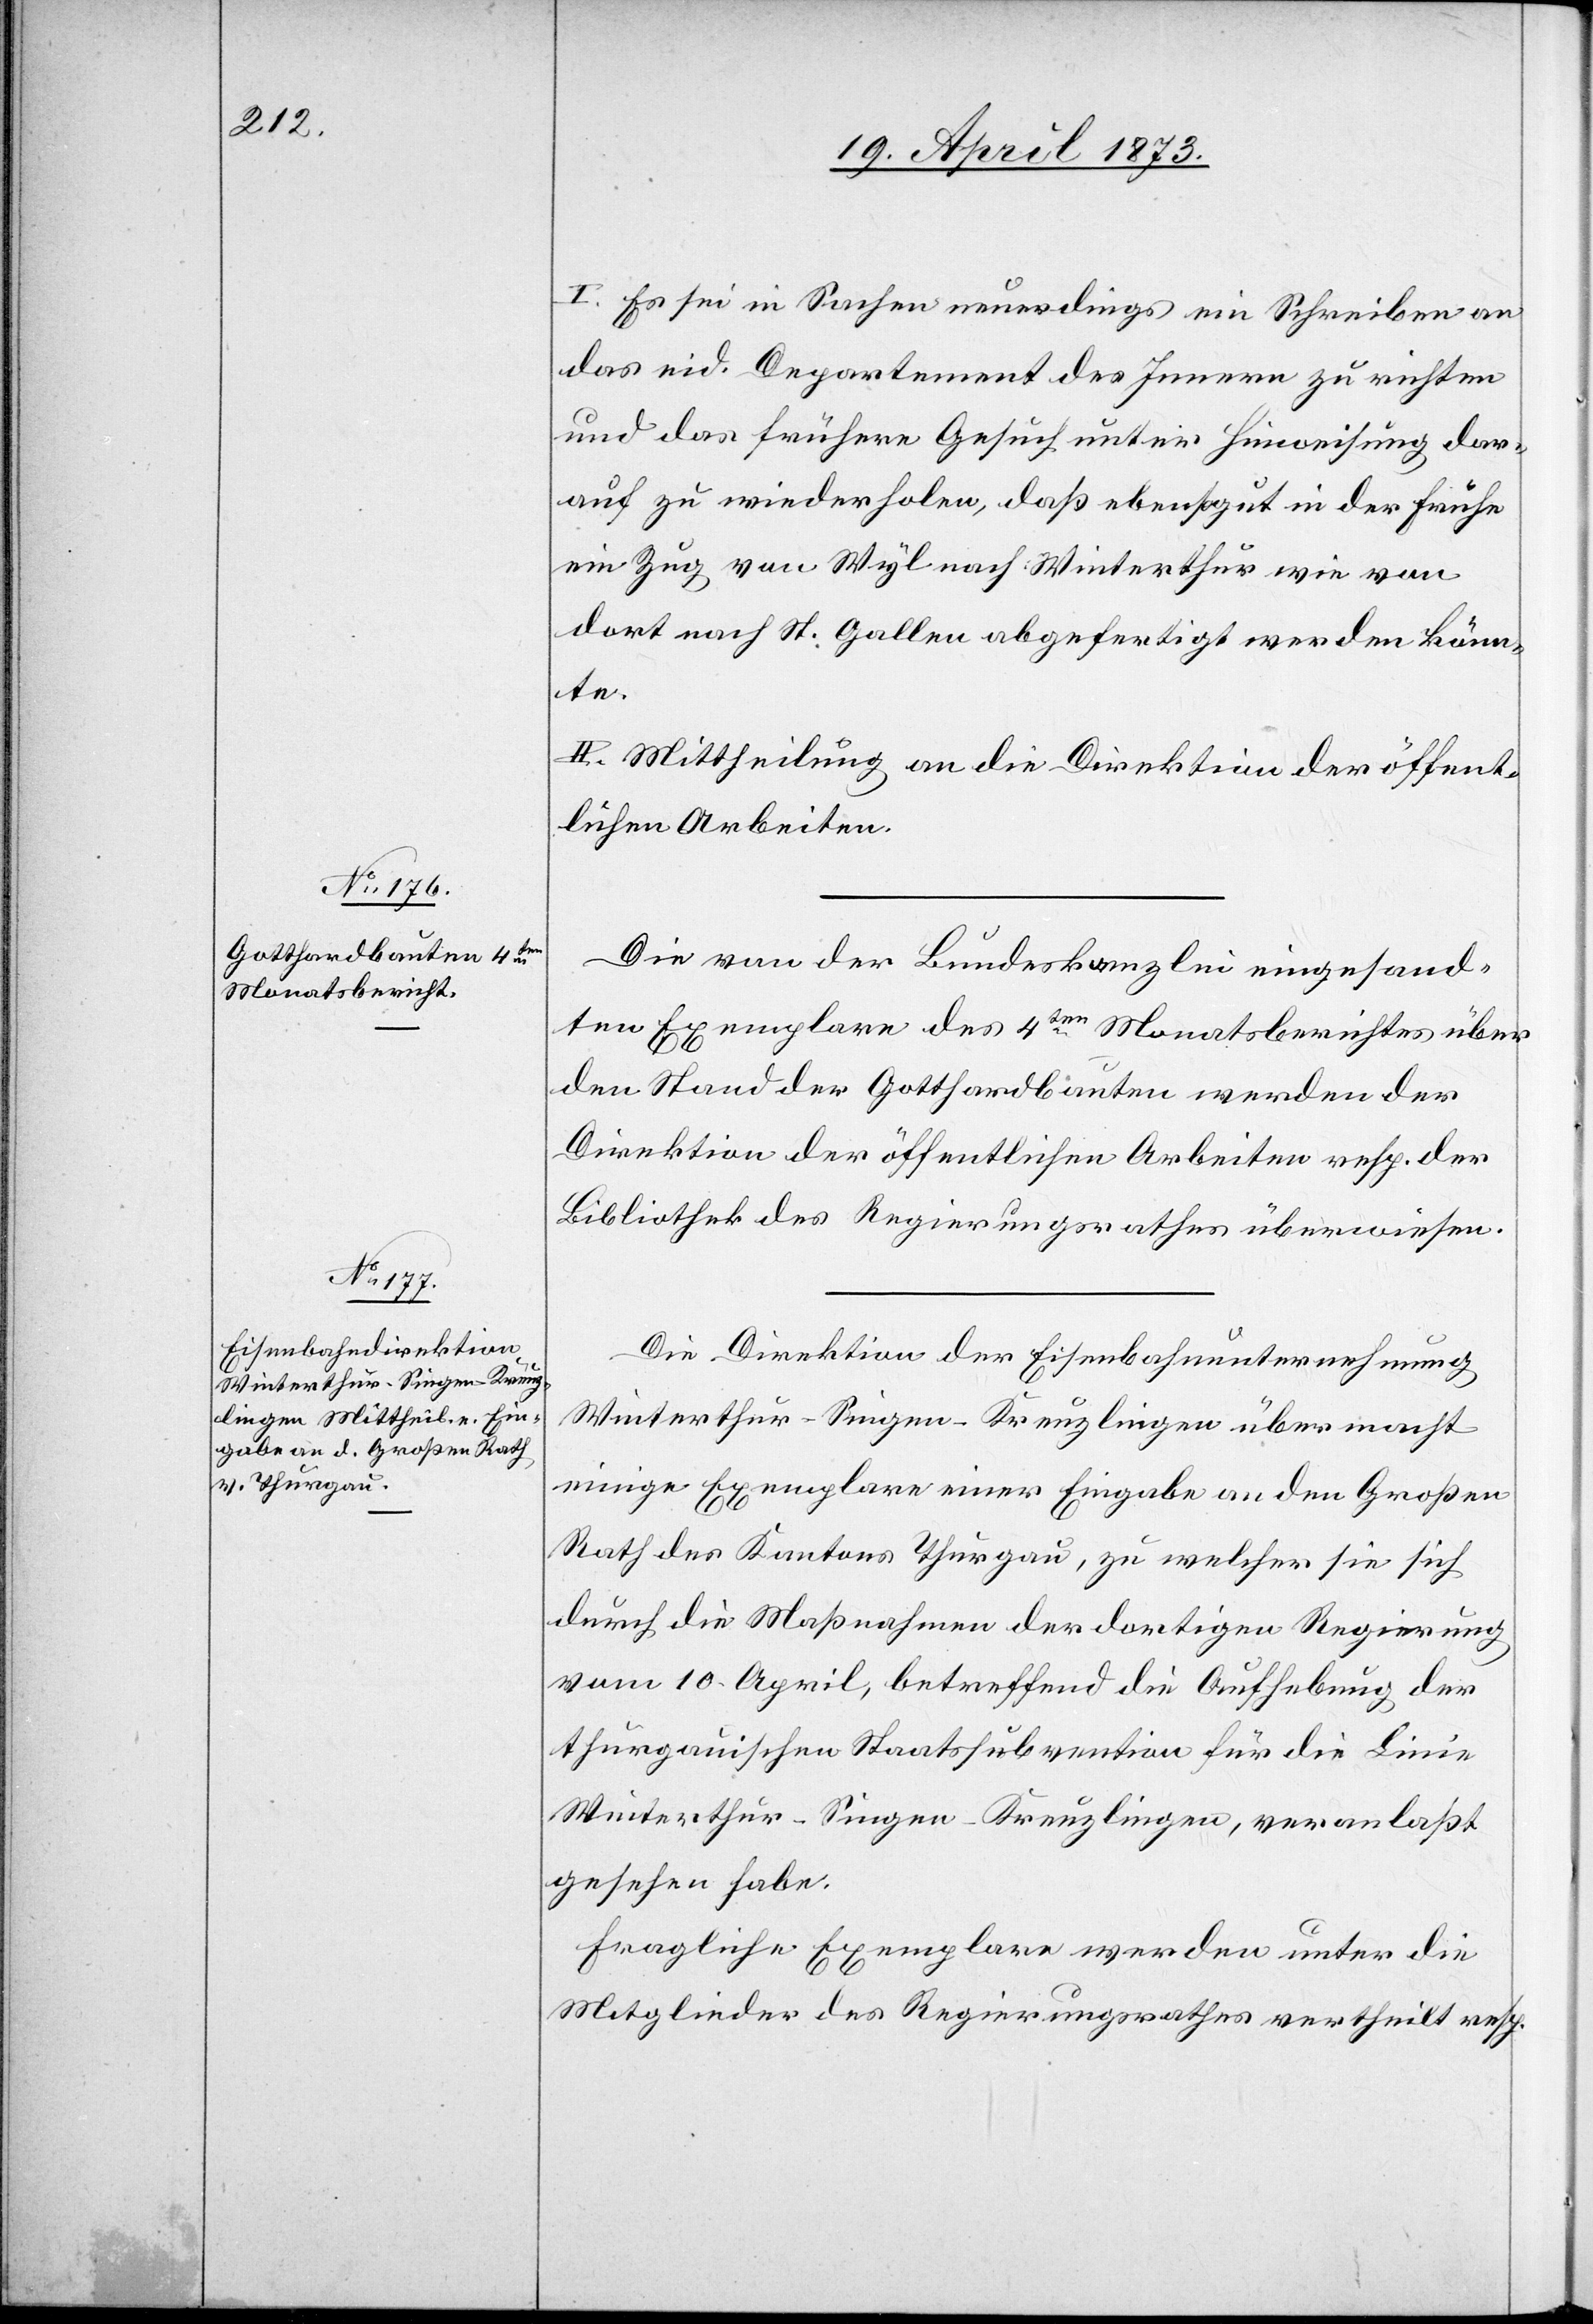
I. Es sei in Sachen neuerdings ein Schreiben an
das eid. Departement des Innern zu richten
und das frühere Gesuch unter Hinweisung dar¬
auf zu wiederholen, daß ebensogut in der Frühe
ein Zug von Wyl nach Winterthur wie von
dort nach St. Gallen abgefertigt werden könn¬
te.
II. Mittheilung an die Direktion der öffent¬
lichen Arbeiten.
Die von der Bundeskanzlei eingesand¬
ten Exemplare des 4ten Monatsberichtes über
den Stand der Gotthardbauten werden der
Direktion der öffentlichen Arbeiten resp. der
Bibliothek des Regierungsrathes überwiesen.
Die Direktion der Eisenbahnunternehmung
Winterthur–Singen-Kreuzlingen übermacht
einige Exemplare einer Eingabe an den Großen
Rath des Kantons Thurgau, zu welcher sie sich
durch die Maßnahmen der dortigen Regierung
vom 10. April, betreffend die Aufhebung der
thurgauischen Staatssubvention für die Linie
Winterthur–Singen–Kreuzlingen, veranlaßt
gesehen habe.
Fragliche Exemplare werden unter die
Mitglieder des Regierungsrathes vertheilt resp.